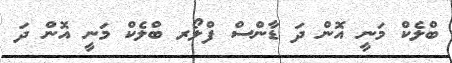
ބްލެކް މަނީ އޮން ދަ ޑާންސް ފްލޯރ ބްލެކް މަނީ އޮން ދަ